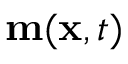
\mathbf { m } ( \mathbf { x } , t )